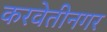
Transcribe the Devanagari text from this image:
करवेतीनगर